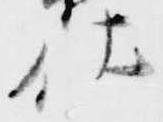
仕